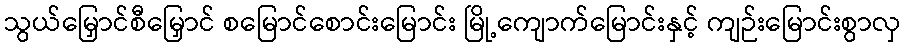
သွယ်မြှောင်စီမြှောင် စမြောင်စောင်းမြောင်း မြို့ကျောက်မြောင်းနှင့် ကျဉ်းမြောင်းစွာလှ